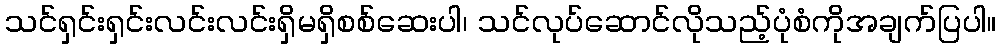
သင်ရှင်းရှင်းလင်းလင်းရှိမရှိစစ်ဆေးပါ၊ သင်လုပ်ဆောင်လိုသည့်ပုံစံကိုအချက်ပြပါ။